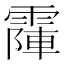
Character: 𩄛